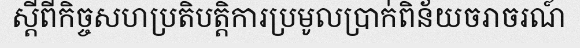
ស្តីពីកិច្ចសហប្រតិបត្តិការប្រមូលប្រាក់ពិន័យចរាចរណ៍